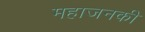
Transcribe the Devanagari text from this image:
महाजनकी